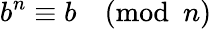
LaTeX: b^{n}\equiv b{\pmod{n}}